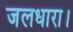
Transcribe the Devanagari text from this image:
जलधारा।